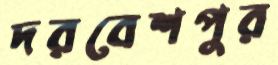
দরবেশপুর